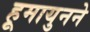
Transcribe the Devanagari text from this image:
हूमायुनने